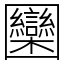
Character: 圞